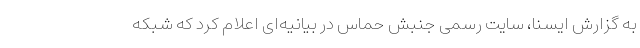
به گزارش ایسنا، سایت رسمی جنبش حماس در بیانیه‌ای اعلام کرد که شبکه